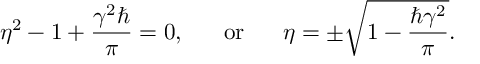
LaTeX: \eta ^ { 2 } - 1 + \frac { \gamma ^ { 2 } \hbar } { \pi } = 0 , ~ ~ ~ ~ ~ \mathrm { o r } ~ ~ ~ ~ ~ \eta = \pm \sqrt { 1 - \frac { \hbar \gamma ^ { 2 } } { \pi } } .